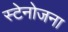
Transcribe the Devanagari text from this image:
स्टेनोजना